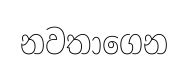
නවතාගෙන